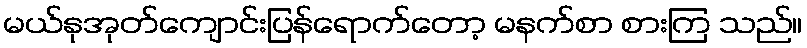
မယ်နုအုတ်ကျောင်းပြန်ရောက်တော့ မနက်စာ စားကြ သည်။